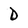
Character: D